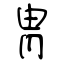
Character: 胄